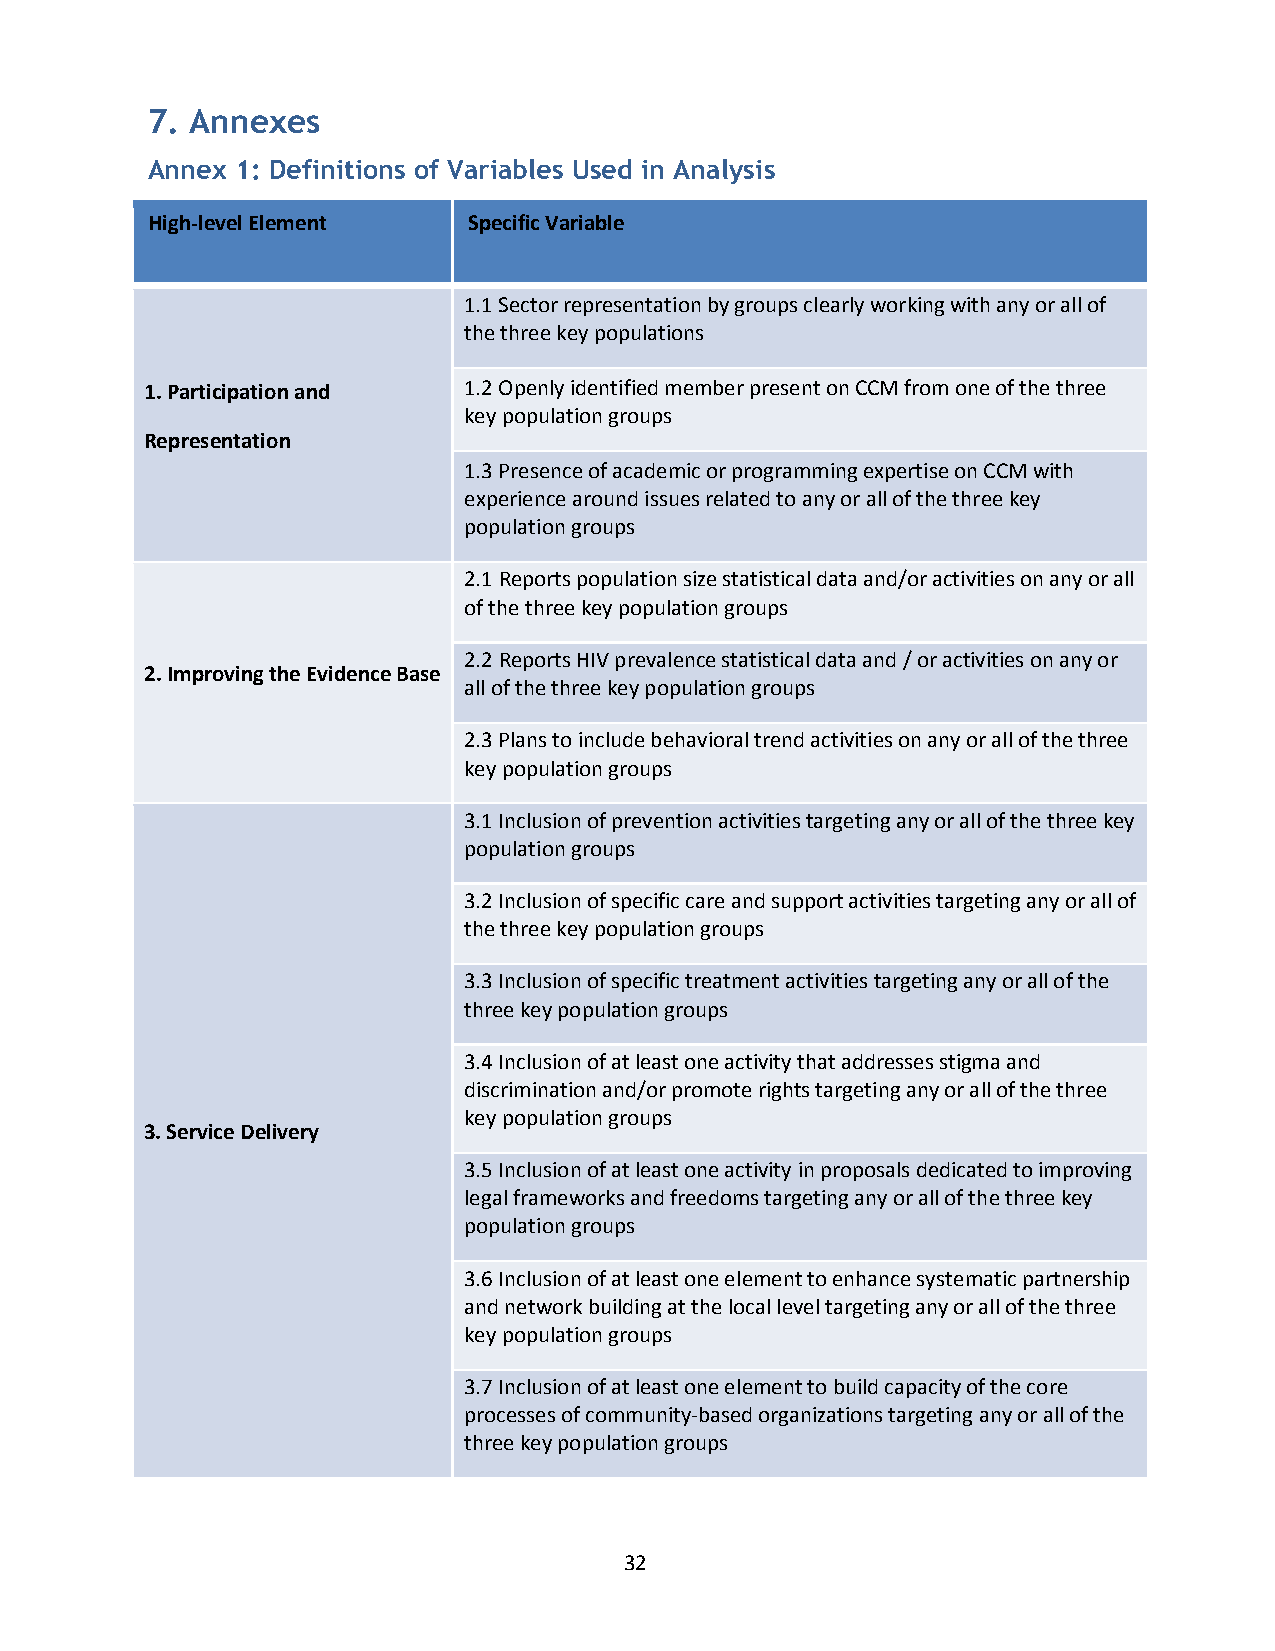
7. Annexes
 Annex 1: Definitions of Variables Used in Analysis
 High-level Element   Specific Variable
 1.1 Sector representation by groups clearly working with any or all of
 the three key populations
 1. Participation and 1.2 Openly identified member present on CCM from one of the three
 key population groups
 Representation
 1.3 Presence of academic or programming expertise on CCM with
 experience around issues related to any or all of the three key
 population groups
 2.1 Reports population size statistical data and/or activities on any or all
 of the three key population groups
 2.2 Reports HIV prevalence statistical data and / or activities on any or
 2. Improving the Evidence Base
 all of the three key population groups
 2.3 Plans to include behavioral trend activities on any or all of the three
 key population groups
 3.1 Inclusion of prevention activities targeting any or all of the three key
 population groups
 3.2 Inclusion of specific care and support activities targeting any or all of
 the three key population groups
 3.3 Inclusion of specific treatment activities targeting any or all of the
 three key population groups
 3.4 Inclusion of at least one activity that addresses stigma and
 discrimination and/or promote rights targeting any or all of the three
 key population groups
 3. Service Delivery
 3.5 Inclusion of at least one activity in proposals dedicated to improving
 legal frameworks and freedoms targeting any or all of the three key
 population groups
 3.6 Inclusion of at least one element to enhance systematic partnership
 and network building at the local level targeting any or all of the three
 key population groups
 3.7 Inclusion of at least one element to build capacity of the core
 processes of community-based organizations targeting any or all of the
 three key population groups
 32